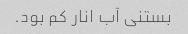
بستنی آب انار کم بود.